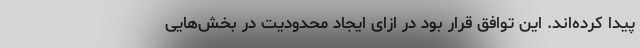
پیدا کرده‌اند. این توافق قرار بود در ازای ایجاد محدودیت‌ در بخش‌هایی